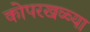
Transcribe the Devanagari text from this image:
कोपरखळ्या